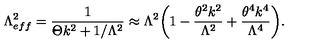
\Lambda _ { e f f } ^ { 2 } = \frac { 1 } { \Theta k ^ { 2 } + 1 / \Lambda ^ { 2 } } \approx \Lambda ^ { 2 } \biggl ( 1 - \frac { \theta ^ { 2 } k ^ { 2 } } { \Lambda ^ { 2 } } + \frac { \theta ^ { 4 } k ^ { 4 } } { \Lambda ^ { 4 } } \biggr ) .